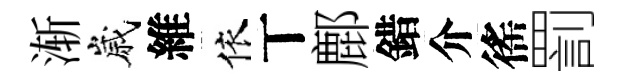
渐嵗維依丅鄜錯介徭罰